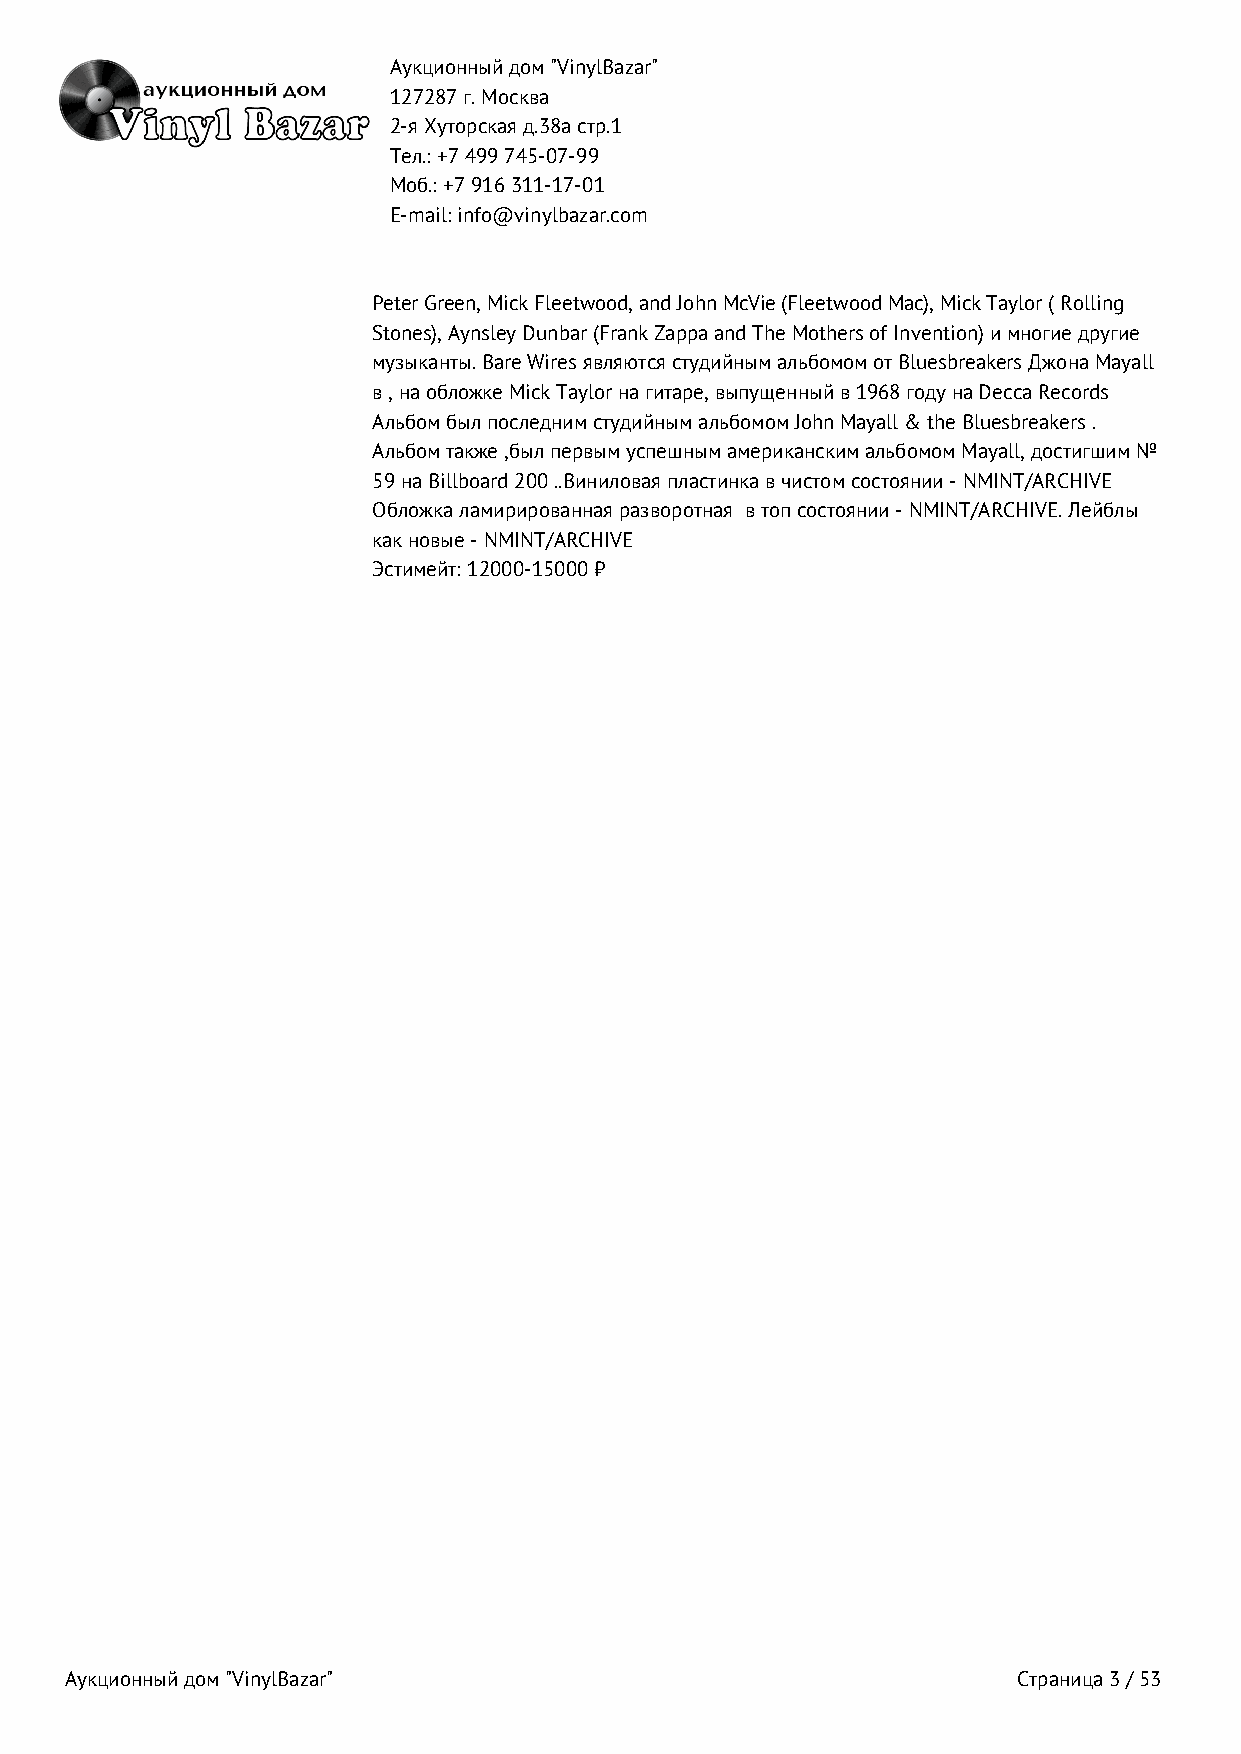
Аукционный дом "VinylBazar"
 127287 г. Москва
 2-я Хуторская д.38а стр.1
 Тел.: +7 499 745‑07‑99
 Моб.: +7 916 311‑17‑01
 E-mail: info@vinylbazar.com
 Peter Green, Mick Fleetwood, and John McVie (Fleetwood Mac), Mick Taylor ( Rolling
 Stones), Aynsley Dunbar (Frank Zappa and The Mothers of Invention) и многие другие
 музыканты. Bare Wires являются студийным альбомом от Bluesbreakers Джона Mayall
 в , на обложке Mick Taylor на гитаре, выпущенный в 1968 году на Decca Records
 Альбом был последним студийным альбомом John Mayall & the Bluesbreakers .
 Альбом также ,был первым успешным американским альбомом Mayall, достигшим №
 59 на Billboard 200 ..Виниловая пластинка в чистом состоянии - NMINT/ARCHIVE
 Обложка ламирированная разворотная в топ состоянии - NMINT/ARCHIVE. Лейблы
 как новые - NMINT/ARCHIVE
 Эстимейт: 12000-15000 ₽
 Аукционный дом "VinylBazar"                                    Страница 3 / 53